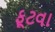
ફૂટવા